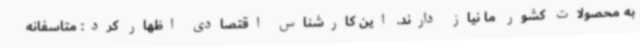
به محصولات کشور ما نیاز دارند. این کارشناس اقتصادی اظهار کرد: متاسفانه